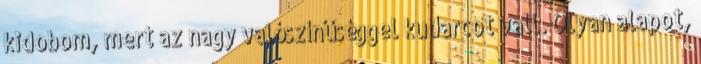
kidobom, mert az nagy valószínűséggel kudarcot vall. Olyan alapot,